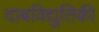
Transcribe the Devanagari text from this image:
दाबविद्युतिकी